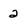
Character: 2